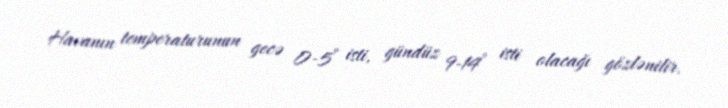
Havanın temperaturunun gecə 0-5° isti, gündüz 9-14° isti olacağı gözlənilir.